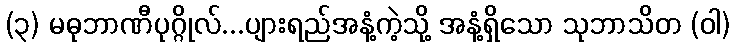
(၃) မဓုဘာဏီပုဂ္ဂိုလ်...ပျားရည်အနံ့ကဲ့သို့ အနံ့ရှိသော သုဘာသိတ (ဝါ)